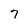
Character: 7